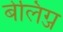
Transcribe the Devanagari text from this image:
बेलिग्ज